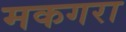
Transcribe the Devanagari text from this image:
मकगरा